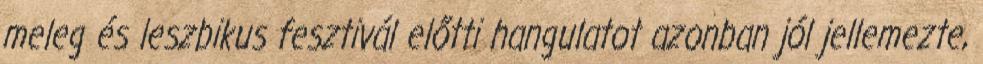
meleg és leszbikus fesztivál előtti hangulatot azonban jól jellemezte,